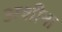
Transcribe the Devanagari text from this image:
अशीना